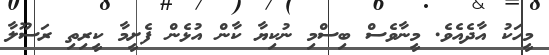
މީހަކު އާދެއެވެ. މީނާވެސް ބިސްމި ނުކިޔާ ކާން އުޅެން ފެށީމާ ކީރިތި ރަސޫލާ